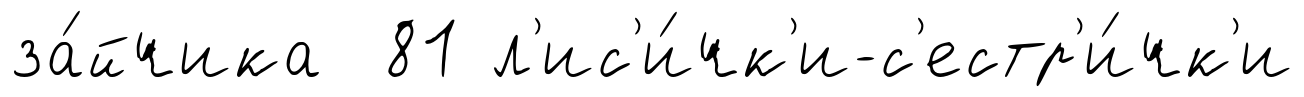
за́йчика 81 л'ис'и́чк'и-с'естр'и́чк'и